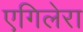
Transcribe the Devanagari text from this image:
एगिलेरा